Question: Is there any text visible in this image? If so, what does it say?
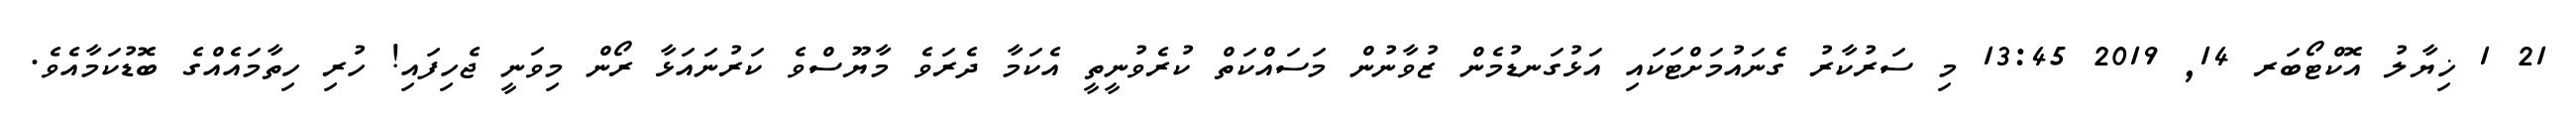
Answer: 21 1 ޚިޔާލު އޮކްޓޯބަރ 14, 2019 13:45 މި ސަރުކާރު ގެނައުމަށްޓަކައި އަޅުގަނޑުމެން ޒުވާނުން މަސައްކަތް ކުރެވުނީތީ އެކަމާ ދެރަވެ މާޔޫސްވެ ކަރުނައަޅާ ރޯން މިވަނީ ޖެހިފައި! ހުރި ހިތާމައެއްގެ ބޮޑުކަމާއެވެ.